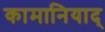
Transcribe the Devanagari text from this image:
कामानियाद्